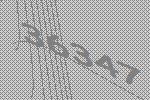
36347